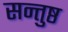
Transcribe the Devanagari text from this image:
सन्तुष्ठ